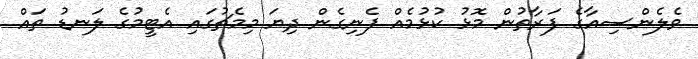
ވެލެންސިއާގެ ފަރާތުން މޮޅު ކުޅުމެއް ފެނިގެން ދިޔަ މިމެޗުގައި އެޓީމުގެ ލަނޑު ތައް